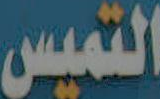
التميس